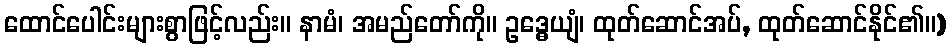
ထောင်ပေါင်းများစွာဖြင့်လည်း။ နာမံ၊ အမည်တော်ကို။ ဥဒ္ဓေယျံ၊ ထုတ်ဆောင်အပ်, ထုတ်ဆောင်နိုင်၏။)